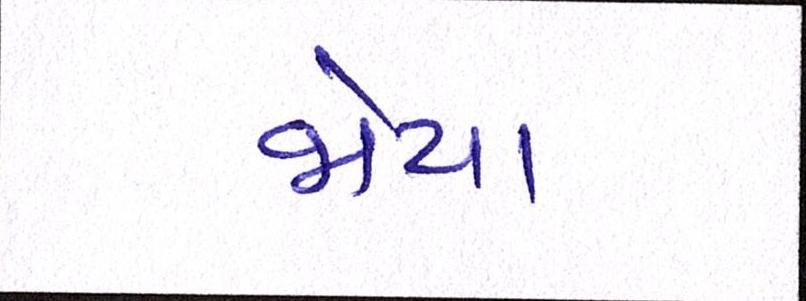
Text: જોયા